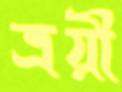
ত্রয়ী